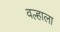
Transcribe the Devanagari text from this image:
वल्हाला